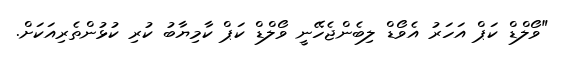
"ވޯލްޑް ކަޕް އަހަރު އެވޯޑް ލިބެންޖެހޭނީ ވޯލްޑް ކަޕް ކާމިޔާބު ކުރި ކުޅުންތެރިއަކަށް.